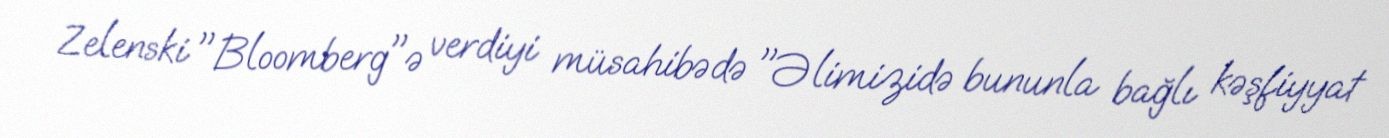
Zelenski "Bloomberg"ə verdiyi müsahibədə "Əlimizidə bununla bağlı kəşfiyyat